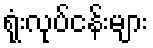
ရုံးလုပ်ငန်းများ